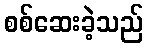
စစ်ဆေးခဲ့သည်